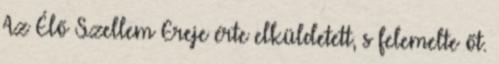
Az Élő Szellem Ereje érte elküldetett, s felemelte őt.